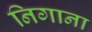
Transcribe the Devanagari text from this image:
निगाना